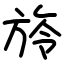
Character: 旍